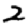
Digit: 2